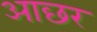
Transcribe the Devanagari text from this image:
आछर